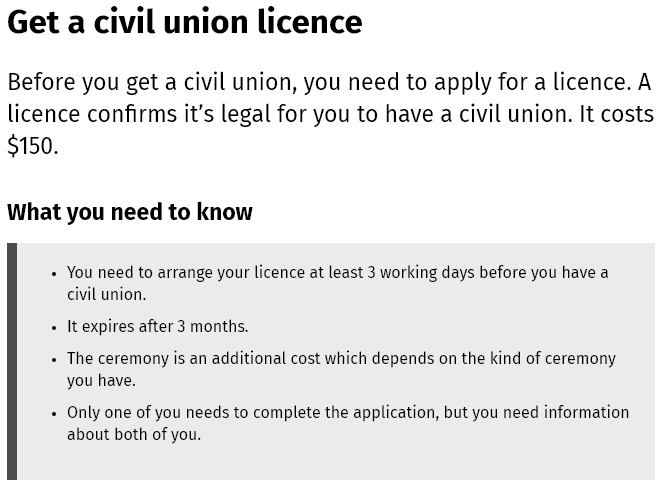
Get   a  civil   union    licence
  Before  you get  a civil union,  you  need  to apply   for a licence. A
  licence confirms it’s   legal for you  to have a  civil union. It costs
  $150.
  What you   need   to know
     You need to arrange your licence at least 3 working days before you have a
     civil union.
     It expires after 3 months.
     The ceremony is an additional cost which depends on the kind of ceremony
     you have.
     Only one of you needs to complete the application, but you need information
     about both of you.